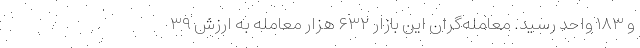
و ۱۸۳ واحد رسید. معامله‌گران این بازار ۶۳۲ هزار معامله به ارزش ۳۹